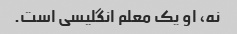
نه، او یک معلم انگلیسی است.